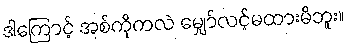
ဒါကြောင့် အစ်ကိုကလဲ မျှော်လင့်မထားမိဘူး။